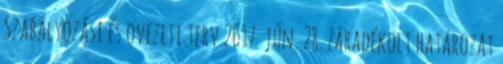
Szabályozási és övezeti terv 2017. jún. 28. Záradékolt határozat